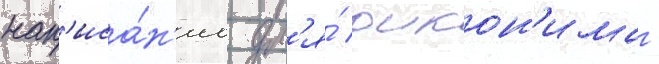
нап'иса́н'иа дл'я́ оикон'има -